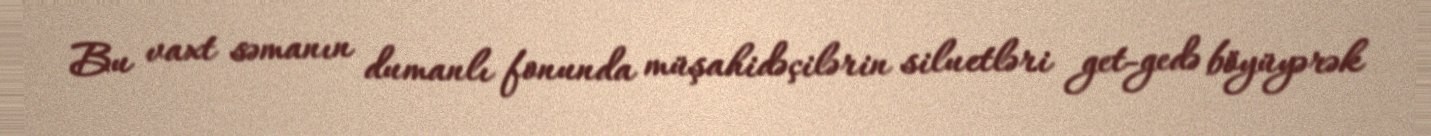
Bu vaxt səmanın dumanlı fonunda müşahidəçilərin siluetləri get-gedə böyüyərək